Report of the Bombay Veterinary College
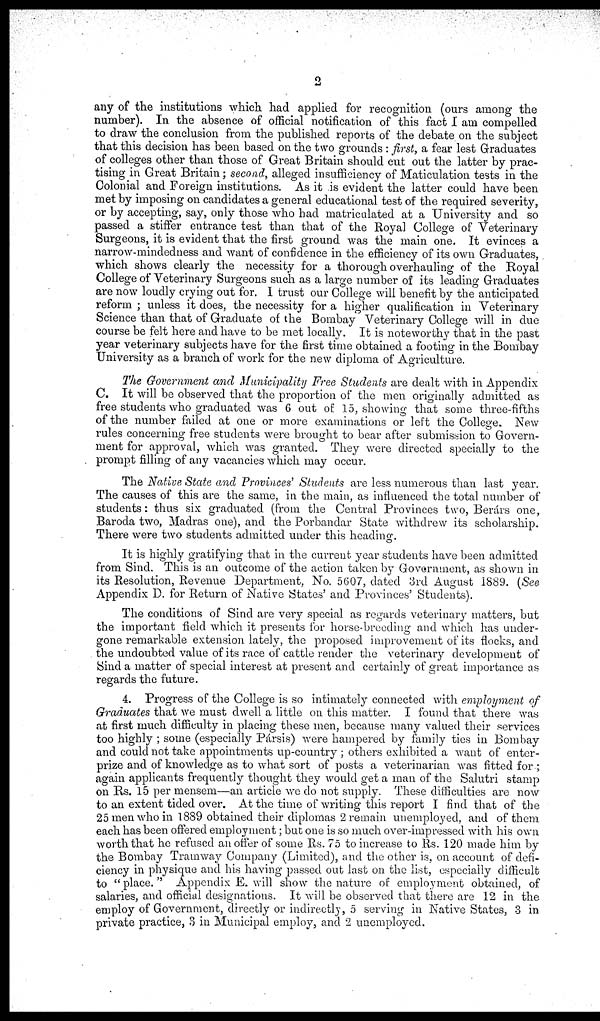
2
any of the institutions which had applied for recognition (ours among the
number). In the absence of official notification of this fact I am compelled
to draw the conclusion from the published reports of the debate on the subject
that this decision has been based on the two grounds: first, a fear lest Graduates
of colleges other than those of Great Britain should cut out the latter by prac-
tising in Great Britain ; second, alleged insufficiency of Maticulation tests in the
Colonial and Foreign institutions. As it is evident the latter could have been
met by imposing on candidates a general educational test of the required severity,
or by accepting, say, only those who had matriculated at a University and so
passed a stiffer entrance test than that of the Royal College of Veterinary
Surgeons, it is evident that the first ground was the main one. It evinces a
narrow-mindedness and want of confidence in the efficiency of its own Graduates,
which shows clearly the necessity for a thorough overhauling of the Royal
College of Veterinary Surgeons such as a large number of its leading Graduates
are now loudly crying out for. I trust our College will benefit by the anticipated
reform ; unless it does, the necessity for a higher qualification in Veterinary
Science than that of Graduate of the Bombay Veterinary College will in due
course be felt here and have to be met locally. It is noteworthy that in the past
year veterinary subjects have for the first time obtained a footing in the Bombay
University as a branch of work for the new diploma of Agriculture.
The Government and Municipality Free Students are dealt with in Appendix
C. It will be observed that the proportion of the men originally admitted as
free students who graduated was 6 out of 15, showing that some three-fifths
of the number failed at one or more examinations or left the College. New
rules concerning free students were brought to bear after submission to Govern-
ment for approval, which was granted. They were directed specially to the
prompt filling of any vacancies which may occur.
The Native State and Provinces' Students are less numerous than last year.
The causes of this are the same, in the main, as influenced the total number of
students : thus six graduated (from the Central Provinces two, Berárs one,
Baroda two, Madras one), and the Porbandar State withdrew its scholarship.
There were two students admitted under this heading.
It is highly gratifying that in the current year students have been admitted
from Sind. This is an outcome of the action taken by Government, as shown in
its Resolution, Revenue Department, No. 5607, dated 3rd August 1889. (See
Appendix D. for Return of Native States' and Provinces' Students).
The conditions of Sind are very special as regards veterinary matters, but
the important field which it presents for horse-breeding and which has under-
gone remarkable extension lately, the proposed improvement of its flocks, and
. the undoubted value of its race of cattle render the veterinary development of
Sind a matter of special interest at present and certainly of great importance as
regards the future.
4. Progress of the College is so intimately connected with employment of
Graduates that we must dwell a little on this matter. I found that there was
at first much difficulty in placing these men, because many valued their services
too highly ; some (especially Pársis) were hampered by family ties in Bombay
and could not take appointments up-country ; others exhibited a want of enter-
prize and of knowledge as to what sort of posts a veterinarian was fitted for ;
again applicants frequently thought they would get a man of the Salutri stamp
on Rs. 15 per mensem—an article we do not supply. These difficulties are now
to an extent tided over. At the time of writing this report I find that of the
25 men who in 1889 obtained their diplomas 2 remain unemployed, and of them
each has been offered employment ; but one is so much over-impressed with his own
worth that he refused an offer of some Rs. 75 to increase to Rs. 120 made him by
the Bombay Tramway Company (Limited), and the other is, on account of defi-
ciency in physique and his having passed out last on the list, especially difficult
to "place." Appendix E. will show the nature of employment obtained, of
salaries, and official designations. It will be observed that there are 12 in the
employ of Government, directly or indirectly, 5 serving in Native States, 3 in
private practice, 3 in Municipal employ, and 2 unemployed.